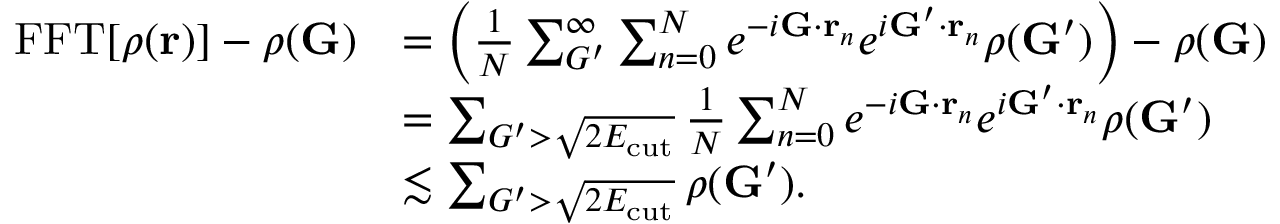
\begin{array} { r l } { \mathrm { F F T } [ \rho ( \mathbf { r } ) ] - \rho ( \mathbf { G } ) } & { = \Big ( \frac { 1 } { N } \sum _ { G ^ { \prime } } ^ { \infty } \sum _ { n = 0 } ^ { N } e ^ { - i \mathbf { G } \cdot \mathbf { r } _ { n } } e ^ { i \mathbf { G } ^ { \prime } \cdot \mathbf { r } _ { n } } \rho ( \mathbf { G } ^ { \prime } ) \Big ) - \rho ( \mathbf { G } ) } \\ & { = \sum _ { G ^ { \prime } > \sqrt { 2 E _ { \mathrm { c u t } } } } \frac { 1 } { N } \sum _ { n = 0 } ^ { N } e ^ { - i \mathbf { G } \cdot \mathbf { r } _ { n } } e ^ { i \mathbf { G } ^ { \prime } \cdot \mathbf { r } _ { n } } \rho ( \mathbf { G } ^ { \prime } ) } \\ & { \lesssim \sum _ { G ^ { \prime } > \sqrt { 2 E _ { \mathrm { c u t } } } } \rho ( \mathbf { G } ^ { \prime } ) . } \end{array}